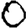
Digit: 0